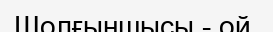
Шолғыншысы - ой.